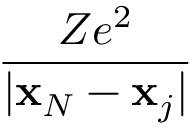
\frac { Z e ^ { 2 } } { | \mathbf { x } _ { N } - \mathbf { x } _ { j } | }